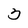
Character: 3